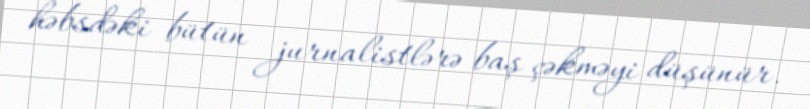
həbsdəki bütün jurnalistlərə baş çəkməyi düşünür.